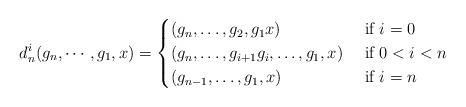
LaTeX: \begin{align*} d_{n}^i(g_n,\cdots , g_1,x) = \begin{cases} (g_n,\ldots, g_2,g_1x) & \mbox{ if } i=0 \\(g_n,\ldots, g_{i+1}g_i, \ldots, g_1,x) & \mbox{ if } 0<i<n \\ (g_{n-1},\ldots, g_1,x) & \mbox{ if } i=n \end{cases} \end{align*}